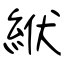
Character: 絥